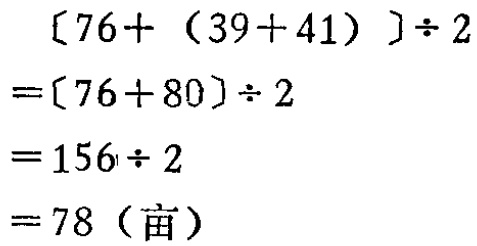
\[
\begin{align*}
[76+(39 + 41)]\div2&=[76 + 80]\div2\\
&=156\div2\\
&= 78 (\text{亩})
\end{align*}
\]